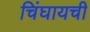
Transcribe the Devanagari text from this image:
चिंघायची